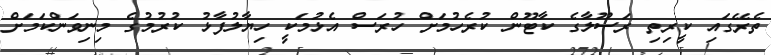
ތެރޭގައި ކީރިތި ރަސޫލާގެ ކާޓޫން ކުރެހުމަށް ހުރަސް އެޅުމަކީ ހިޔާލުފާޅު ކުރުމުގެ މިނިވަންކަމަށް